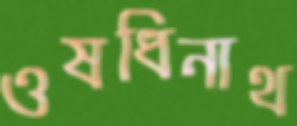
ওষধিনাথ